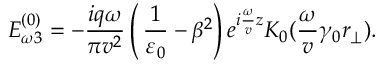
E _ { \omega 3 } ^ { ( 0 ) } = - \frac { i q \omega } { \pi v ^ { 2 } } \left( \, \frac { 1 } { \varepsilon _ { 0 } } - \beta ^ { 2 } \right) e ^ { i \frac { \omega } { v } z } K _ { 0 } ( \frac { \omega } { v } \gamma _ { 0 } r _ { \perp } ) .